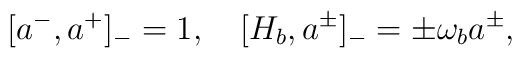
[a^-, a^+]_{-} = 1, \quad [H_b, a^{\pm}]_{-} = \pm \omega_b a^{\pm},